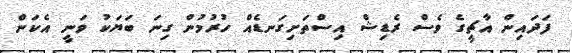
ފަދައިން އާޗީގެ ވެސް ރެޑިޝް އިސްތަށިގަނޑެއް ހުރުމުން ގިނަ ބަޔަކު ވަނީ އެކަން